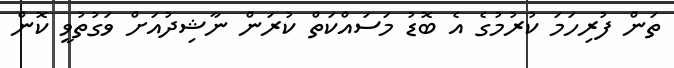
ތަން ފުރިހަމަ ކުރުމުގެ އެ ބޮޑު މަސައްކަތް ކުރަން ނާޝިދުއަށް ވަގުތުވީ ކޮން